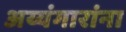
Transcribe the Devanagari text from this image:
अय्यंगारांना